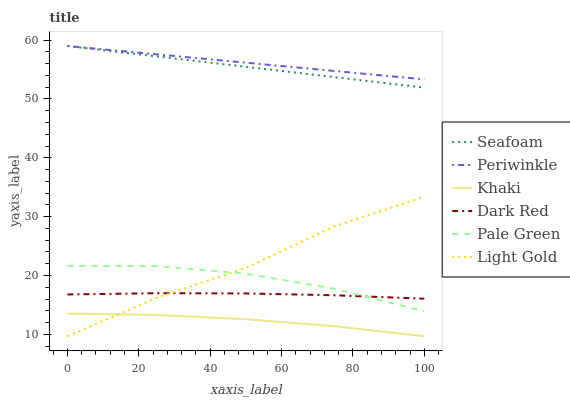
| xaxis_label | Seafoam | Periwinkle | Khaki | Dark Red | Pale Green | Light Gold |
 | --- | --- | --- | --- | --- | --- | --- |
 | 0 | 59 | 59 | 13.5 | 16.8 | 21.6 | 9.68 |
 | 25 | 57.2 | 57.6 | 13.3 | 17 | 21.6 | 16.2 |
 | 50 | 55.5 | 56.2 | 12.6 | 16.9 | 20.3 | 21.3 |
 | 75 | 53.7 | 54.7 | 11.4 | 16.6 | 17.7 | 28.4 |
 | 100 | 51.9 | 53.3 | 9.67 | 16.1 | 13.9 | 33.4 |